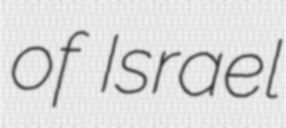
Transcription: of Israel